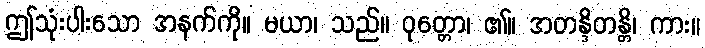
ဤသုံးပါးသော အနက်ကို။ မယာ၊ သည်။ ဝုတ္တော၊ ၏။ အတန္ဒိတန္တိ၊ ကား။